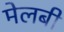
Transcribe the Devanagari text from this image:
मेलबी